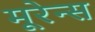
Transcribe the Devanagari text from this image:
मूरेन्स